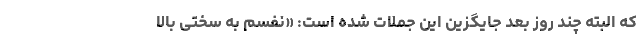
که البته چند روز بعد جایگزین این جملات شده است: «نفسم به سختی بالا